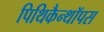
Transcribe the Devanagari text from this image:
पिथिकैन्थॉपस